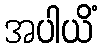
အပါယိံ